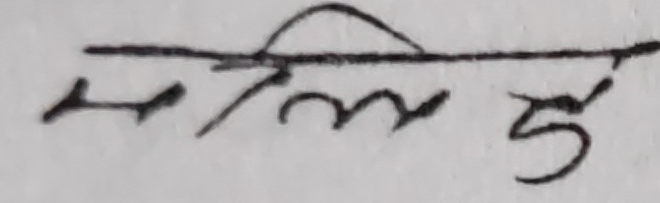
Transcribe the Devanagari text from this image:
सम्बन्धित्‌